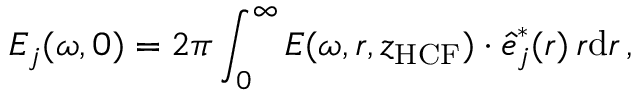
E _ { j } ( \omega , 0 ) = 2 \pi \int _ { 0 } ^ { \infty } \boldsymbol { E } ( \omega , r , z _ { \mathrm { H C F } } ) \cdot \boldsymbol { \hat { e } } _ { j } ^ { * } ( r ) \, r \mathrm { d } r \, ,